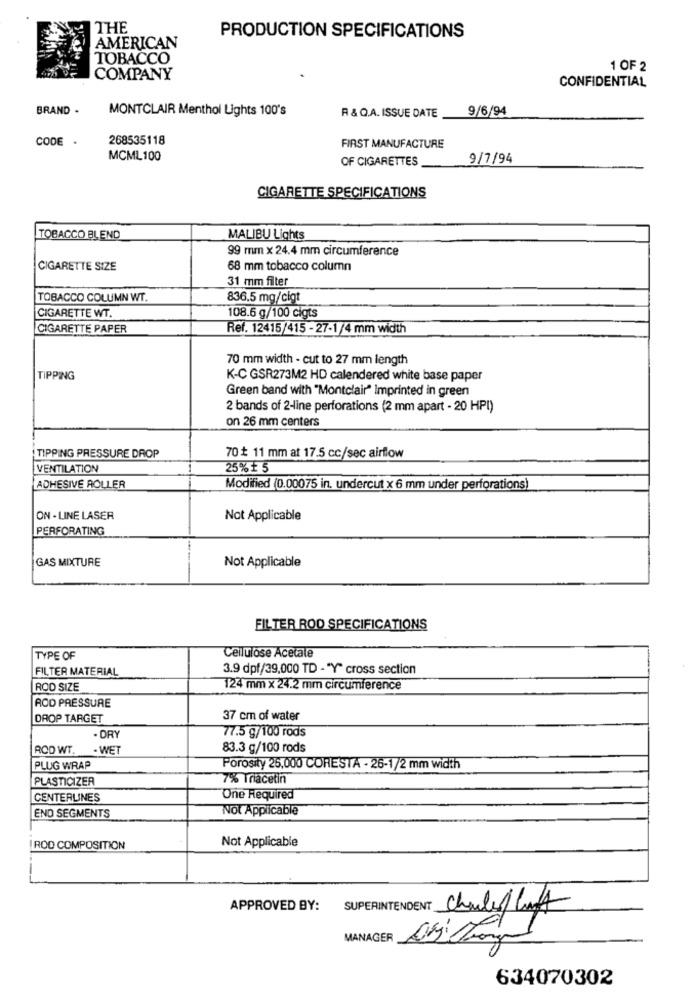
THE
PRODUCTION SPECIFICATIONS
AMERICAN
TOBACCO
1 OF 2
COMPANY
CONFIDENTIAL
BRAND .
MONTCLAIR Menthol Lights 100's
R & Q.A. ISSUE DATE
9/6/94
CODE .
268535118
FIRST MANUFACTURE
MCML100
OF CIGARETTES
9/7/94
CIGARETTE SPECIFICATIONS
TOBACCO BLEND
MALIBU Lights
99 mm x 24.4 mm circumference
CIGARETTE SIZE
68 mm tobacco column
31 mm filter
TOBACCO COLUMN WT.
836.5 mg/cigt
108.6 g/100 cigts
CIGARETTE WT.
CIGARETTE PAPER
Ref. 12415/415 - 27-1/4 mm width
70 mm width - cut to 27 mm length
TIPPING
K-C GSR273M2 HD calendered white base paper
Green band with "Montclair" Imprinted in green
2 bands of 2-line perforations (2 mm apart - 20 HPI)
on 26 mm centers
TIPPING PRESSURE DROP
70 + 11 mm at 17.5 cc/sec airflow
VENTILATION
25% £ 5
ADHESIVE ROLLER
Modified (0.00075 in. undercut x 6 mm under perforations)
ON - LINE LASER
Not Applicable
PERFORATING
GAS MIXTURE
Not Applicable
FILTER ROD SPECIFICATIONS
TYPE OF
Cellulose Acetate
FILTER MATERIAL
3.9 dpf/39,000 TD - "Y" cross section
ROD SIZE
124 mm x 24.2 mm circumference
ROD PRESSURE
DROP TARGET
37 cm of water
77.5 g/100 rods
- DRY
ROD WT.
. WET
83.3 g/100 rods
PLUG WRAP
Porosity 25,000 CORESTA - 26-1/2 mm width
PLASTICIZER
7% Triacetin
CENTERLINES
One Required
Not Applicable
END SEGMENTS
Not Applicable
ROD COMPOSITION
APPROVED BY:
SUPERINTENDENT Chulillaft
MANAGER
634070302